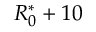
R _ { 0 } ^ { \ast } + 1 0